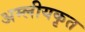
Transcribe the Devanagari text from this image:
अम्लीयकृत